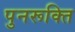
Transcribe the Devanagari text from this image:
पुनरूक्ति